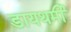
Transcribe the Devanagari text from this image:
डायथर्मी